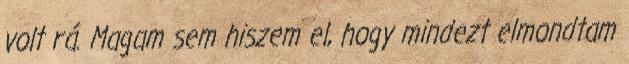
volt rá. Magam sem hiszem el, hogy mindezt elmondtam